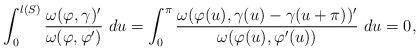
LaTeX: \begin{align*} \int_0^{l(S)}\frac{\omega(\varphi,\gamma)'}{\omega(\varphi,\varphi')} \ du = \int_0^{\pi}\frac{\omega(\varphi(u),\gamma(u)-\gamma(u+\pi))'}{\omega(\varphi(u),\varphi'(u))} \ du = 0,\end{align*}